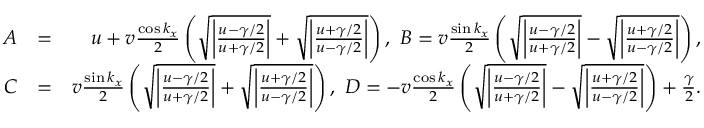
\begin{array} { r l r } { A } & { = } & { u + v \frac { \cos k _ { x } } { 2 } \left( \sqrt { \bigg | \frac { u - \gamma / 2 } { u + \gamma / 2 } \bigg | } + \sqrt { \bigg | \frac { u + \gamma / 2 } { u - \gamma / 2 } \bigg | } \right) , ~ B = v \frac { \sin k _ { x } } { 2 } \left( \sqrt { \bigg | \frac { u - \gamma / 2 } { u + \gamma / 2 } \bigg | } - \sqrt { \bigg | \frac { u + \gamma / 2 } { u - \gamma / 2 } \bigg | } \right) , } \\ { C } & { = } & { v \frac { \sin k _ { x } } { 2 } \left( \sqrt { \bigg | \frac { u - \gamma / 2 } { u + \gamma / 2 } \bigg | } + \sqrt { \bigg | \frac { u + \gamma / 2 } { u - \gamma / 2 } \bigg | } \right) , ~ D = - v \frac { \cos k _ { x } } { 2 } \left( \sqrt { \bigg | \frac { u - \gamma / 2 } { u + \gamma / 2 } \bigg | } - \sqrt { \bigg | \frac { u + \gamma / 2 } { u - \gamma / 2 } \bigg | } \right) + \frac { \gamma } { 2 } . } \end{array}